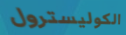
الكوليسترول